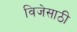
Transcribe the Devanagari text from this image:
विजेसाठी